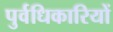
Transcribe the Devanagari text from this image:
पुर्वधिकारियों